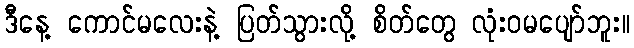
ဒီနေ့ ကောင်မလေးနဲ့ ပြတ်သွားလို့ စိတ်တွေ လုံးဝမပျော်ဘူး။